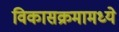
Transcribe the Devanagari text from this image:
विकासक्रमामध्ये